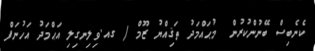
ކެނެބިސް ބޭނުންކުރުން  މުޙައްމަދު ތަޤިއްޔު ޒޫމް / ގއ.ވިލިނގިލި އަޙްމަދު އަހުނަފް